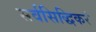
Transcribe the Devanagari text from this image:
सर्वसिद्धिकरं